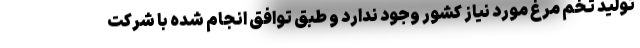
تولید تخم مرغ مورد نیاز کشور وجود ندارد و طبق توافق انجام شده با شرکت